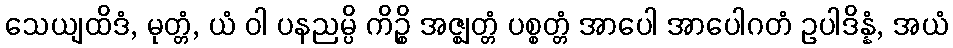
သေယျထိဒံ, မုတ္တံ, ယံ ဝါ ပနညမ္ပိ ကိဉ္စိ အဇ္ဈတ္တံ ပစ္စတ္တံ အာပေါ အာပေါဂတံ ဥပါဒိန္နံ, အယံ